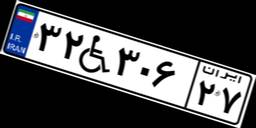
۳۲W۳۰۶۲۷